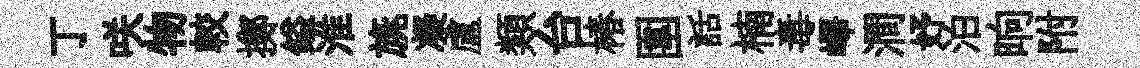
丁咲物較擲鎰淮旐凝盧類台椿圍話楠毒嶧澗妤泊晌附